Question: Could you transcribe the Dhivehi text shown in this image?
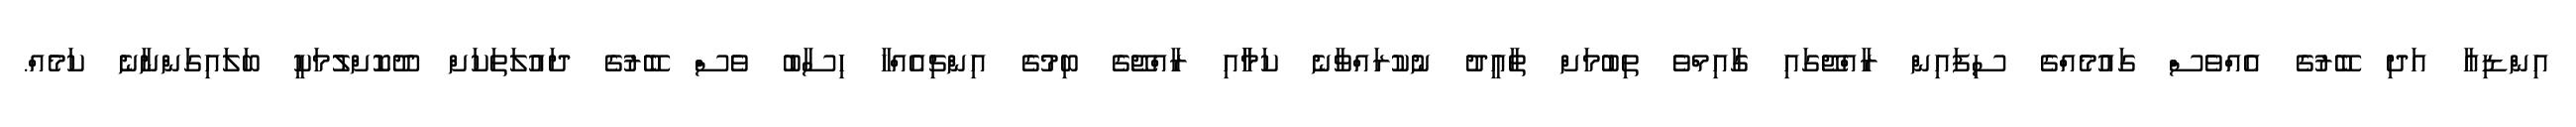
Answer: އިންޑިއާ އަދި ބޭރުގެ އެއްވެސް ގައުމެއްގެ ސިފައިން ރާއްޖޭގައި ގާއިމްވެ ތިބުމަށް ތާއީދު ނުކުރައްވާނެ ކަމާާއި ރާއްޖޭގެ ބިމުގެ އިންޗިއެއްހާ ހިސާބު ވެސް ބޭރުގެ ދައުލަތަކަށް ދޫކޮށްލުމަކީ ބަލައިގަންނާނެ ކަމެއް.